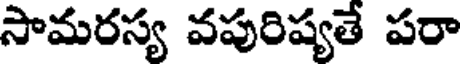
సామరస్య వపురిష్యతే పరా